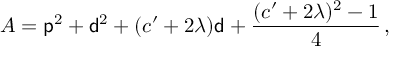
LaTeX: A = { \sf p } ^ { 2 } + { \sf d } ^ { 2 } + ( c ^ { \prime } + 2 \lambda ) { \sf d } + \frac { ( c ^ { \prime } + 2 \lambda ) ^ { 2 } - 1 } { 4 } \, ,